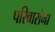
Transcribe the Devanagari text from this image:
परिवारांना